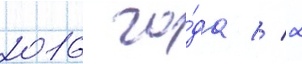
2016 го́да // 2